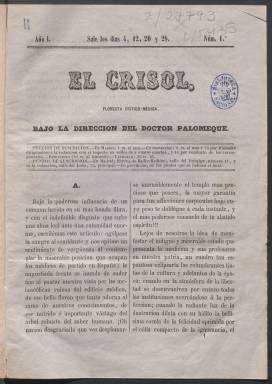
Título: El Crisol (Madrid. 1855)
Colección: Medicina
Ámbito geográfico: Madrid
Lugar de publicación: Madrid
Fechas: 04/01/1855-24/11/1855